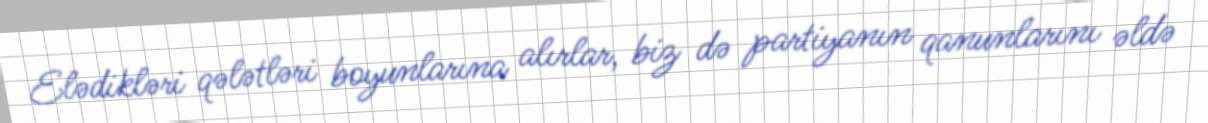
Elədikləri qələtləri boyunlarına alırlar, biz də partiyanın qanunlarını əldə